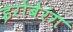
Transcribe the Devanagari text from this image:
इरोबेरंग